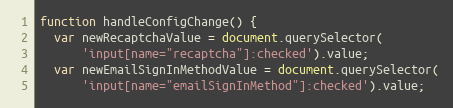
Language: JavaScript
function handleConfigChange() {
  var newRecaptchaValue = document.querySelector(
      'input[name="recaptcha"]:checked').value;
  var newEmailSignInMethodValue = document.querySelector(
      'input[name="emailSignInMethod"]:checked').value;